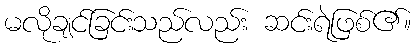
မလိုချင်ခြင်းသည်လည်း ဆင်းရဲဖြစ်၏။